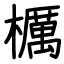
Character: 櫔